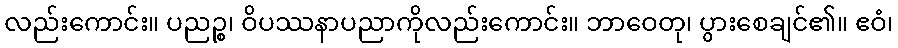
လည်းကောင်း။ ပညဉ္စ၊ ဝိပဿနာပညာကိုလည်းကောင်း။ ဘာဝေတု၊ ပွားစေချင်၏။ ဧဝံ၊